画像に写った文字を読んでください
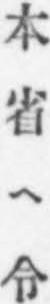
「本省ヘ令」と書いてあります